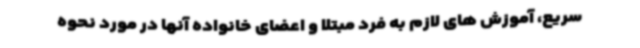
سریع، آموزش های لازم به فرد مبتلا و اعضای خانواده آنها در مورد نحوه